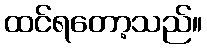
ထင်ရတော့သည်။